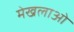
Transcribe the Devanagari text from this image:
मेखलाओं